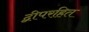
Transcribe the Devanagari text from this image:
द्वीपरहित